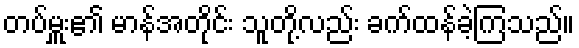
တပ်မှူး၏ မာန်အတိုင်း သူတို့လည်း ခက်ထန်ခဲ့ကြသည်။